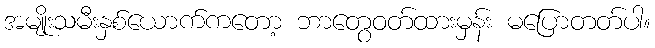
အမျိုးသမီးနှစ်ယောက်ကတော့ ဘာတွေဝတ်ထားမှန်း မပြောတတ်ပါ။